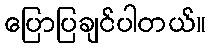
ပြောပြချင်ပါတယ်။